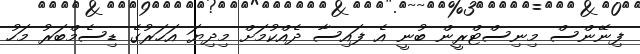
ފިނޭންސް މިނިސްޓްރީން ބުނީ އެ ފައިސާ ދެއްކުމަށް މިދިޔަ އަހަރުގެ ޑިސެމްބަރު މަހު